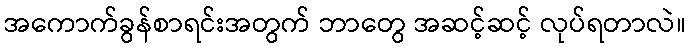
အကောက်ခွန်စာရင်းအတွက် ဘာတွေ အဆင့်ဆင့် လုပ်ရတာလဲ။